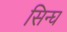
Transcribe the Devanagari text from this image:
सिन्घ